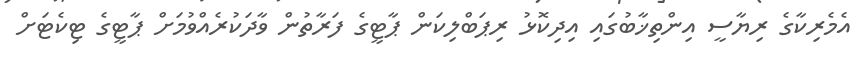
އެމެރިކާގެ ރިޔާސީ އިންތިޚާބުގައި އިދިކޮޅު ރިޕަބްލިކަން ޕާޓީގެ ފަރާތުން ވާދަކުރެއްވުމަށް ޕާޓީގެ ޓިކެޓަށް